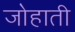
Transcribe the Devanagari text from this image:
जोहाती